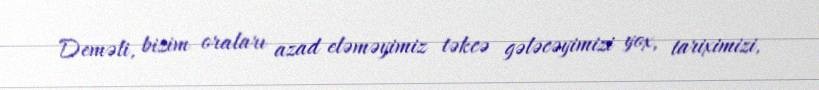
Deməli, bizim oraları azad eləməyimiz təkcə gələcəyimizi yox, tariximizi,